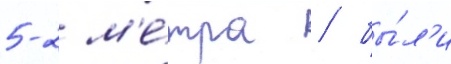
5-2 м'е́тра / бы́л'и